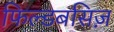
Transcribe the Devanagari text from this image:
फिल्डबसिज़